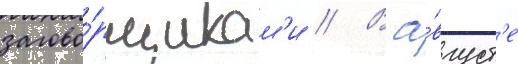
загово́рщикам'и // В а́вгуст'е